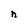
Character: n